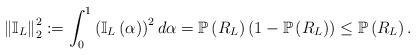
LaTeX: \begin{align*} \left\|\mathbb{I}_{L} \right\|^{2}_{2} := \int^{1}_{0} \left(\mathbb{I}_{L}\left(\alpha\right)\right)^{2} d \alpha= \mathbb{P}\left(R_{L}\right)\left(1-\mathbb{P} \left(R_{L}\right)\right) \leq \mathbb{P}\left(R_{L}\right).\end{align*}